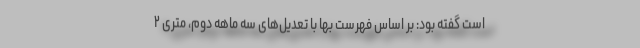
است گفته بود: بر اساس فهرست بها با تعدیل‌های سه ماهه دوم، متری ۲